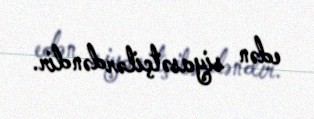
edən siyasətçilərdəndir.